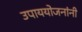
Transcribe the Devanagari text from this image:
उपाययोजनांनी